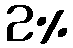
2%